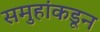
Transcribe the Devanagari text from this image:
समुहांकडून